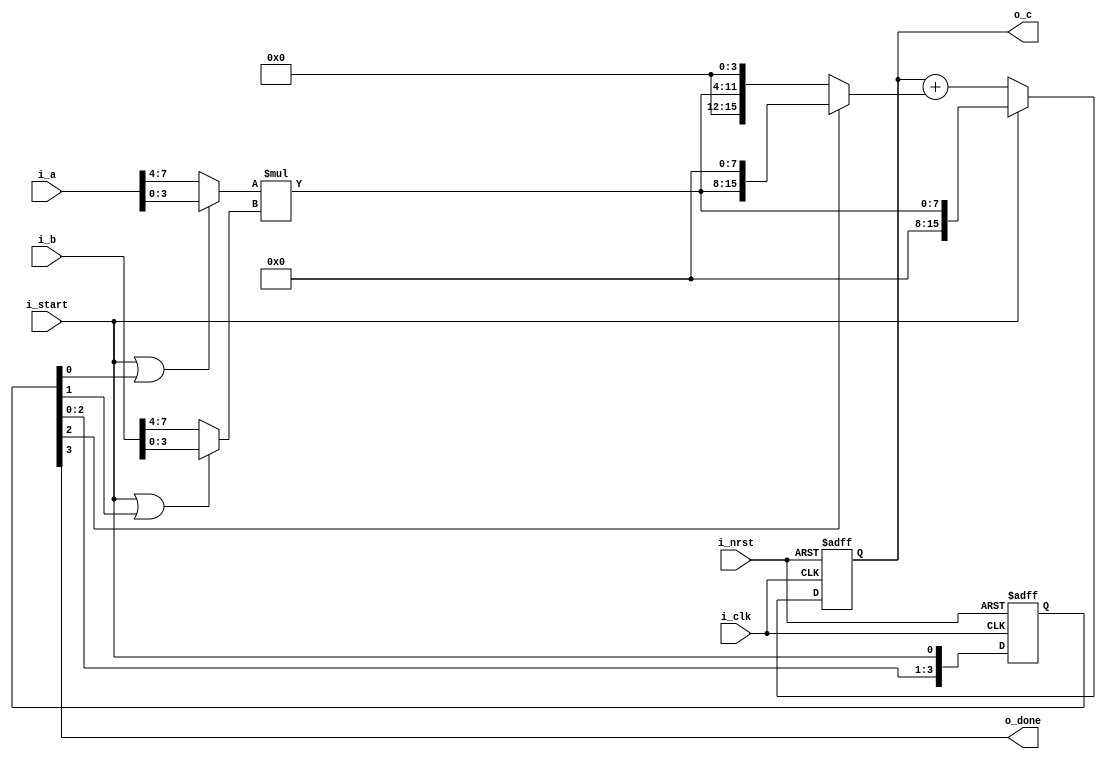
module ib_mul_8x8_s0_l4(
   input    wire           i_clk,
   input    wire           i_nrst,
   input    wire           i_start,
   input    wire  [7:0]    i_a,
   input    wire  [7:0]    i_b,
   output   wire  [15:0]   o_c,
   output   wire           o_done
);
     
   reg   [3:0]    s;

   wire  [3:0]    a;
   wire  [3:0]    b;
   wire  [7:0]    ab;

   wire  [15:0]   ab_plus_stg0;
   wire  [15:0]   ab_plus_stg1;
   wire  [15:0]   ab_acc_next;
   reg   [15:0]   ab_acc;

   always@(posedge i_clk or negedge i_nrst) begin
      if(!i_nrst) s <= 4'h0;
      else        s <= {s[2:0],i_start}; 
   end
      
   assign a  = (i_start | s[0]) ? i_a[3:0] : i_a[7:4];
   assign b  = (i_start | s[1]) ? i_b[3:0] : i_b[7:4];
                           
   assign ab = a * b;

   assign ab_plus_stg0 = (ab << 4);
   assign ab_plus_stg1 = (s[2]) ? (ab_plus_stg0 << 4) : ab_plus_stg0;

   assign ab_acc_next = (i_start) ? ab : (ab_acc + ab_plus_stg1);

   always@(posedge i_clk or negedge i_nrst) begin
	   if(!i_nrst) ab_acc <= 16'h0000;
      else        ab_acc <= ab_acc_next;
   end
   
   assign o_done = s[3];
   assign o_c    = ab_acc;

endmodule